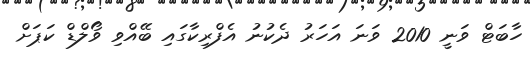
ހާބަޓް ވަނީ 2010 ވަނަ އަހަރު ދެކުނު އެފްރިކާގައި ބޭއްވި ވޯލްޑް ކަަޕަށް